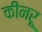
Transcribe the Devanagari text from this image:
कींनरू